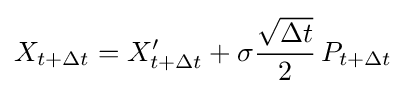
X_{t+\Delta t}=X'_{t+\Delta t}+\sigma {\frac {\sqrt {\Delta t}}{2}}\,P_{t+\Delta t}